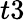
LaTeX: t3